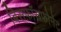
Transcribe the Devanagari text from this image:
बिसफ़ॉसफ़ोनेट